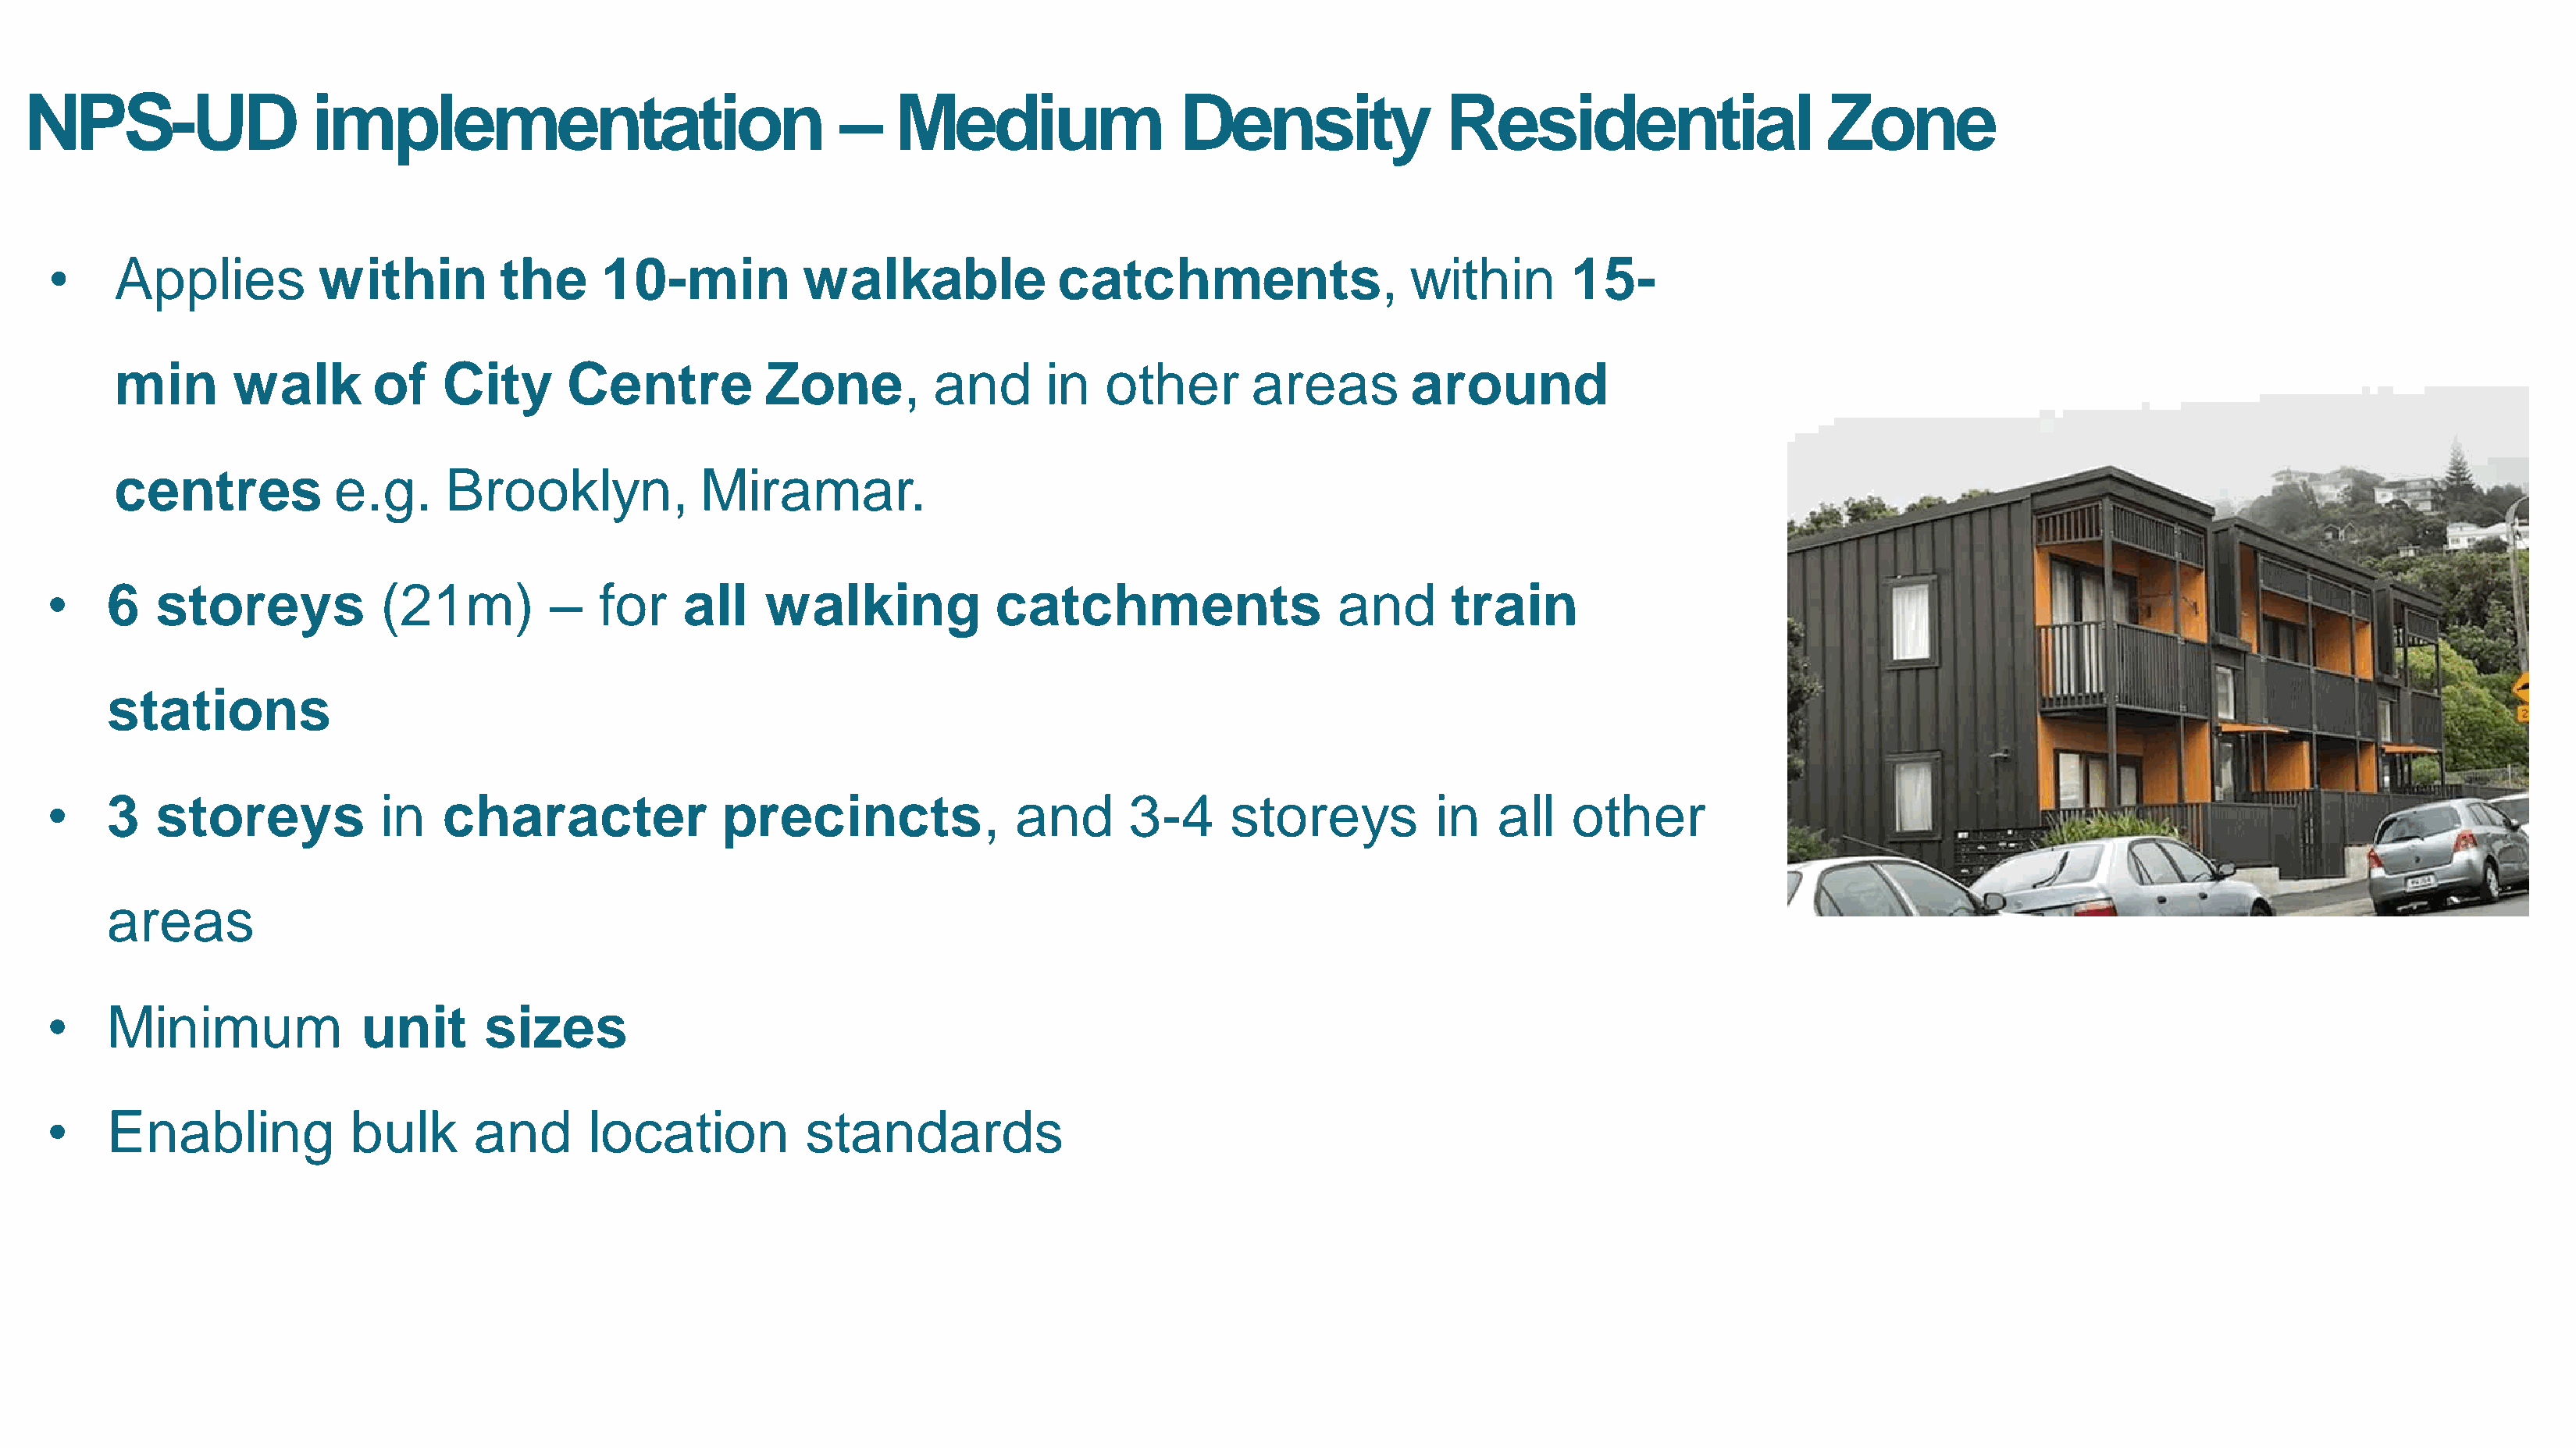
NPS-UD                  implementation                               –    Medium                  Density                Residential                     Zone
 •     Applies          within         the      10-min           walkable              catchments,                  within        15-
 min       walk        of    City      Centre           Zone,         and       in   other       areas         around
 centres           e.g.      Brooklyn,            Miramar.
 •    6   storeys            (21m)          –   for    all    walking            catchments                   and       train
 stations
 •    3   storeys            in    character              precincts,               and       3-4     storeys           in   all   other
 areas
 •    Minimum               unit      sizes
 •    Enabling             bulk      and       location          standards